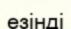
езінді